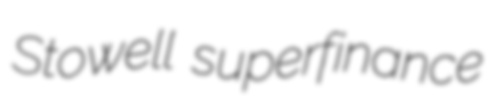
Stowell superfinance